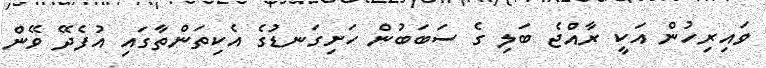
ވައިރިހުން އަކީ ރާއްޖެ ބަލި ގެ ސަބަބުން ހަށިގަނޑުގެ އެކިތަންތާގައި އުފެދޭ ވޭން